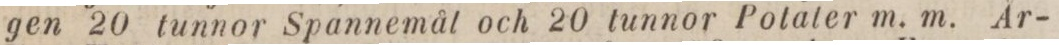
gen 20 tunnor Spannemål och 20 tunnor Potater m. m. År-